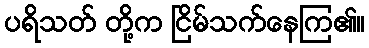
ပရိသတ် တို့က ငြိမ်သက်နေကြ၏။